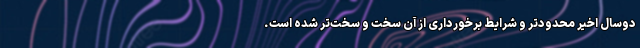
دوسال اخیر محدودتر و شرایط برخورداری از آن سخت‌ و سخت‌تر شده است.